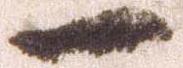
一